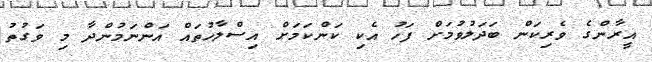
އީރާންގެ ވެރިކަން ބަދަލުވުމަށް ފަހު އެކި ކަންކަމަށް އިސްލާހުތައް އަންނަމުންދާ މި ވަގުތު